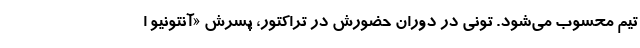
تیم محسوب می‌شود. تونی در دوران حضورش در تراکتور، پسرش «آنتونیو ا